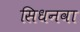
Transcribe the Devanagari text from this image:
सिधनवा